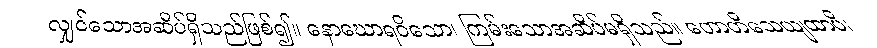
လျှင်သောအဆိပ်ရှိသည်ဖြစ်၍။ နောဃောရဝိသော၊ ကြမ်းသောအဆိပ်မရှိသည်။ ဟောတိသေယျထာပိ၊